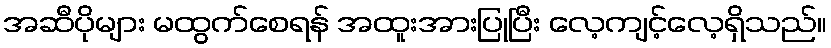
အဆီပိုများ မထွက်စေရန် အထူးအားပြုပြီး လေ့ကျင့်လေ့ရှိသည်။